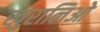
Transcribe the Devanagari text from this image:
खुरालिओ